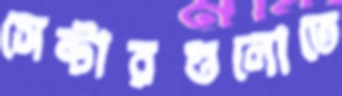
সেন্টারগুলোতে